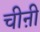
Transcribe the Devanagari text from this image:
चीऩी